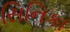
સિનિકા